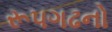
રૂ૫ગઢનો